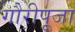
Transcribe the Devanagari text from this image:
गौरीपूजा